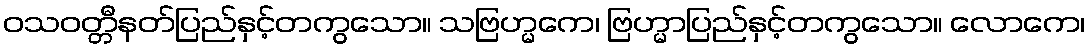
ဝသဝတ္တီနတ်ပြည်နှင့်တကွသော။ သဗြဟ္မကေ၊ ဗြဟ္မာပြည်နှင့်တကွသော။ လောကေ၊